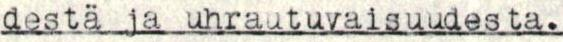
destä ja uhrautuvaisuudesta.